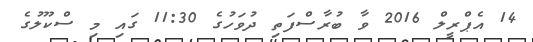
14 އެޕްރީލް 2016 ވާ ބުރާސްފަތި ދުވަހުގެ 11:30 ގައި މި ސްކޫލުގެ